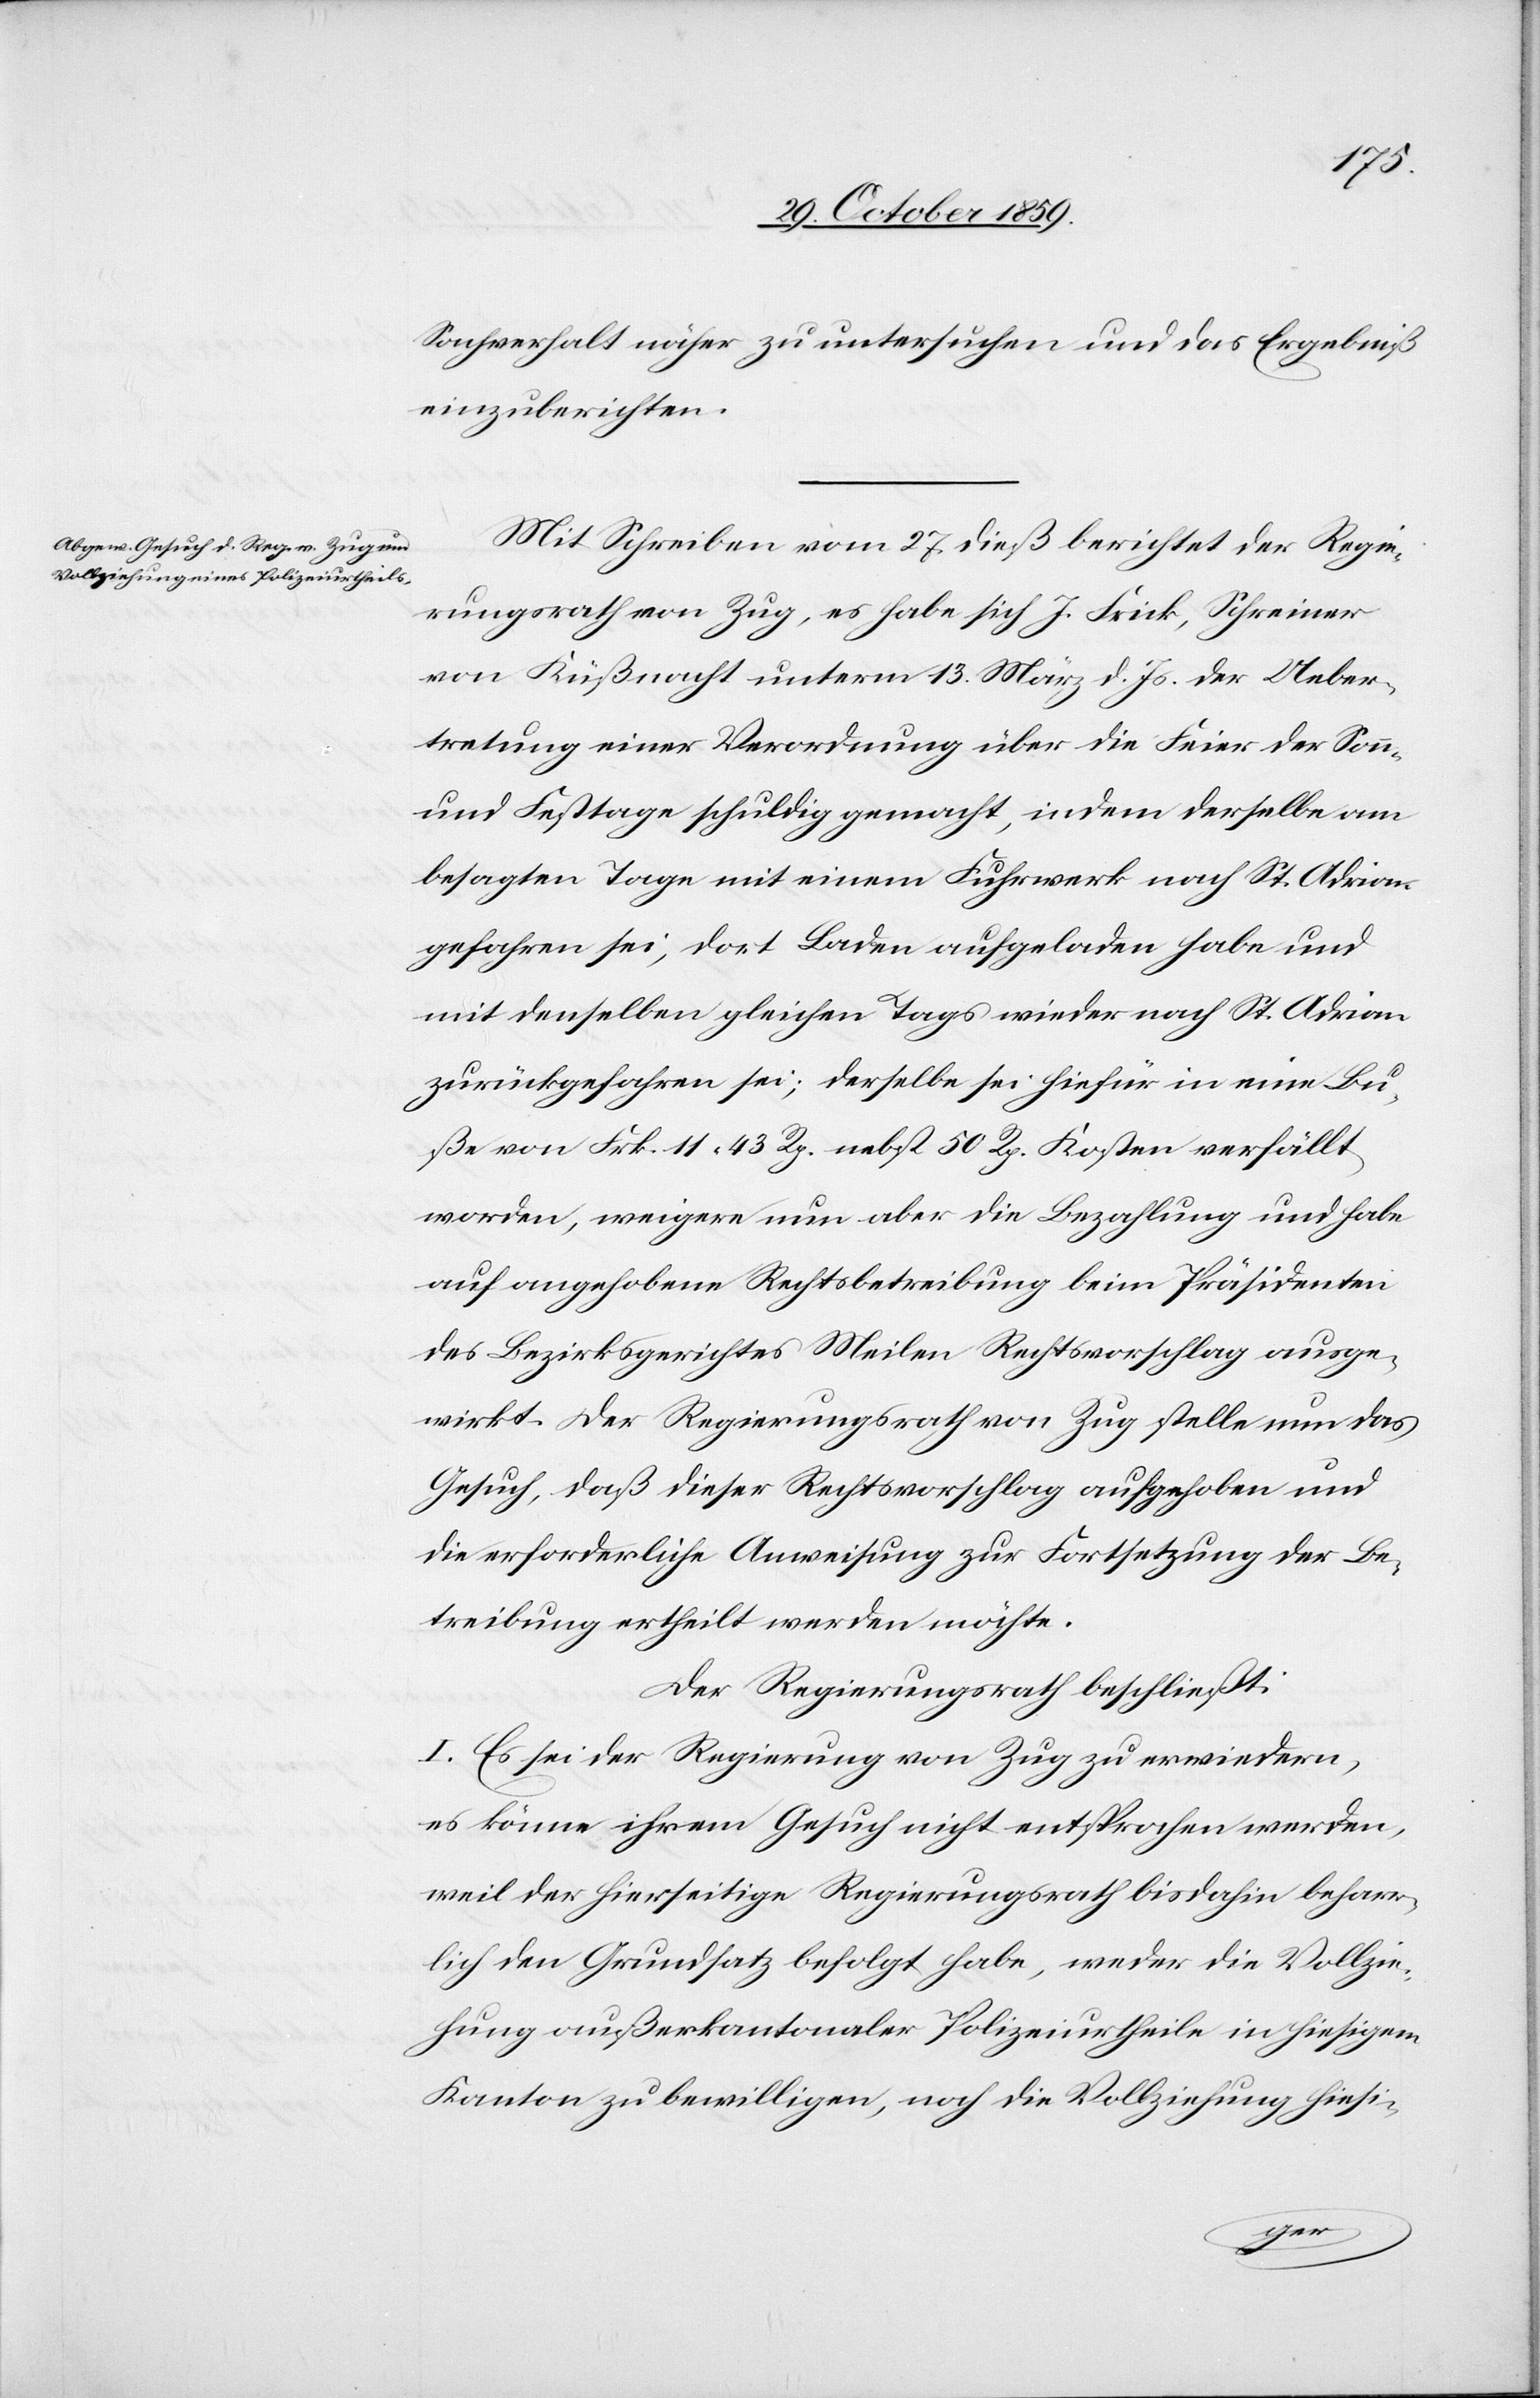
Sachverhalt näher zu untersuchen und das Ergebniß
einzuberichten.
Mit Schreiben vom 27. dieß berichtet der Regie¬
rungsrath von Zug, es habe sich J. Frick, Schreiber
von Küßnacht unterm 13. März d. Js. der Ueber¬
tretung einer Verordnung über die Feier der Sonn-
und Festtage schuldig gemacht, indem derselbe am
besagten Tage mit einem Fuhrwerk nach St. Adrian
gefahren sei, dort Laden aufgeladen habe und
mit denselben gleichen Tags wieder nach St. Adrian
zurückgefahren sei; derselbe sei hiefür in eine Bu¬
ße von Frk. 11 43 Rp. nebst 50 Rp. Kosten verfällt
worden, weigere nun aber die Bezahlung und habe
auf angehobene Rechtsbetreibung beim Präsidenten
des Bezirksgerichtes Meilen Rechtsvorschlag ausge¬
wirkt. Der Regierungsrath von Zug stelle nun das
Gesuch, daß dieser Rechtsvorschlag aufgehoben und
die erforderliche Anweisung zu Fortsetzung der Be¬
treibung ertheilt werden möchte.
Der Regierungsrath beschließt:
I. Es sei der Regierung von Zug zu erwiedern,
es könne ihrem Gesuch nicht entsprochen werden,
weil der hierseitige Regierungsrath bis dahin beharr¬
lich den Grundsatz befolgt habe, weder die Vollzie¬
hung außerkantonaler Polizeiurtheile in hiesigem
Kanton zu bewilligen, noch die Vollziehung hiesi-